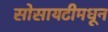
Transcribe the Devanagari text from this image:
सोसायटीमधून